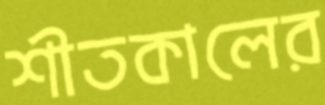
শীতকালের